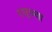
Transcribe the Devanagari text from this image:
रघूच्या